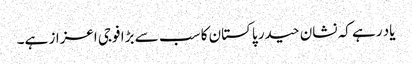
یاد رہے کہ نشان حیدر پاکستان کا سب سے بڑا فوجی اعزاز ہے۔